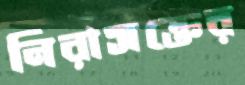
নিরাসক্তের